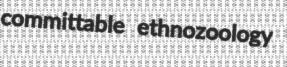
committable ethnozoology